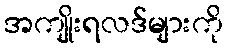
အကျိုးရလဒ်များကို